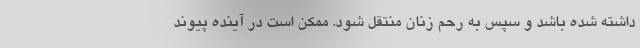
داشته شده باشد و سپس به رحم زنان منتقل شود. ممکن است در آینده پیوند